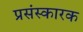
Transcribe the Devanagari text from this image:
प्रसंस्कारक